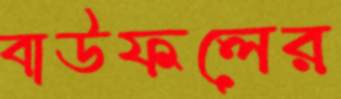
বাউফলের